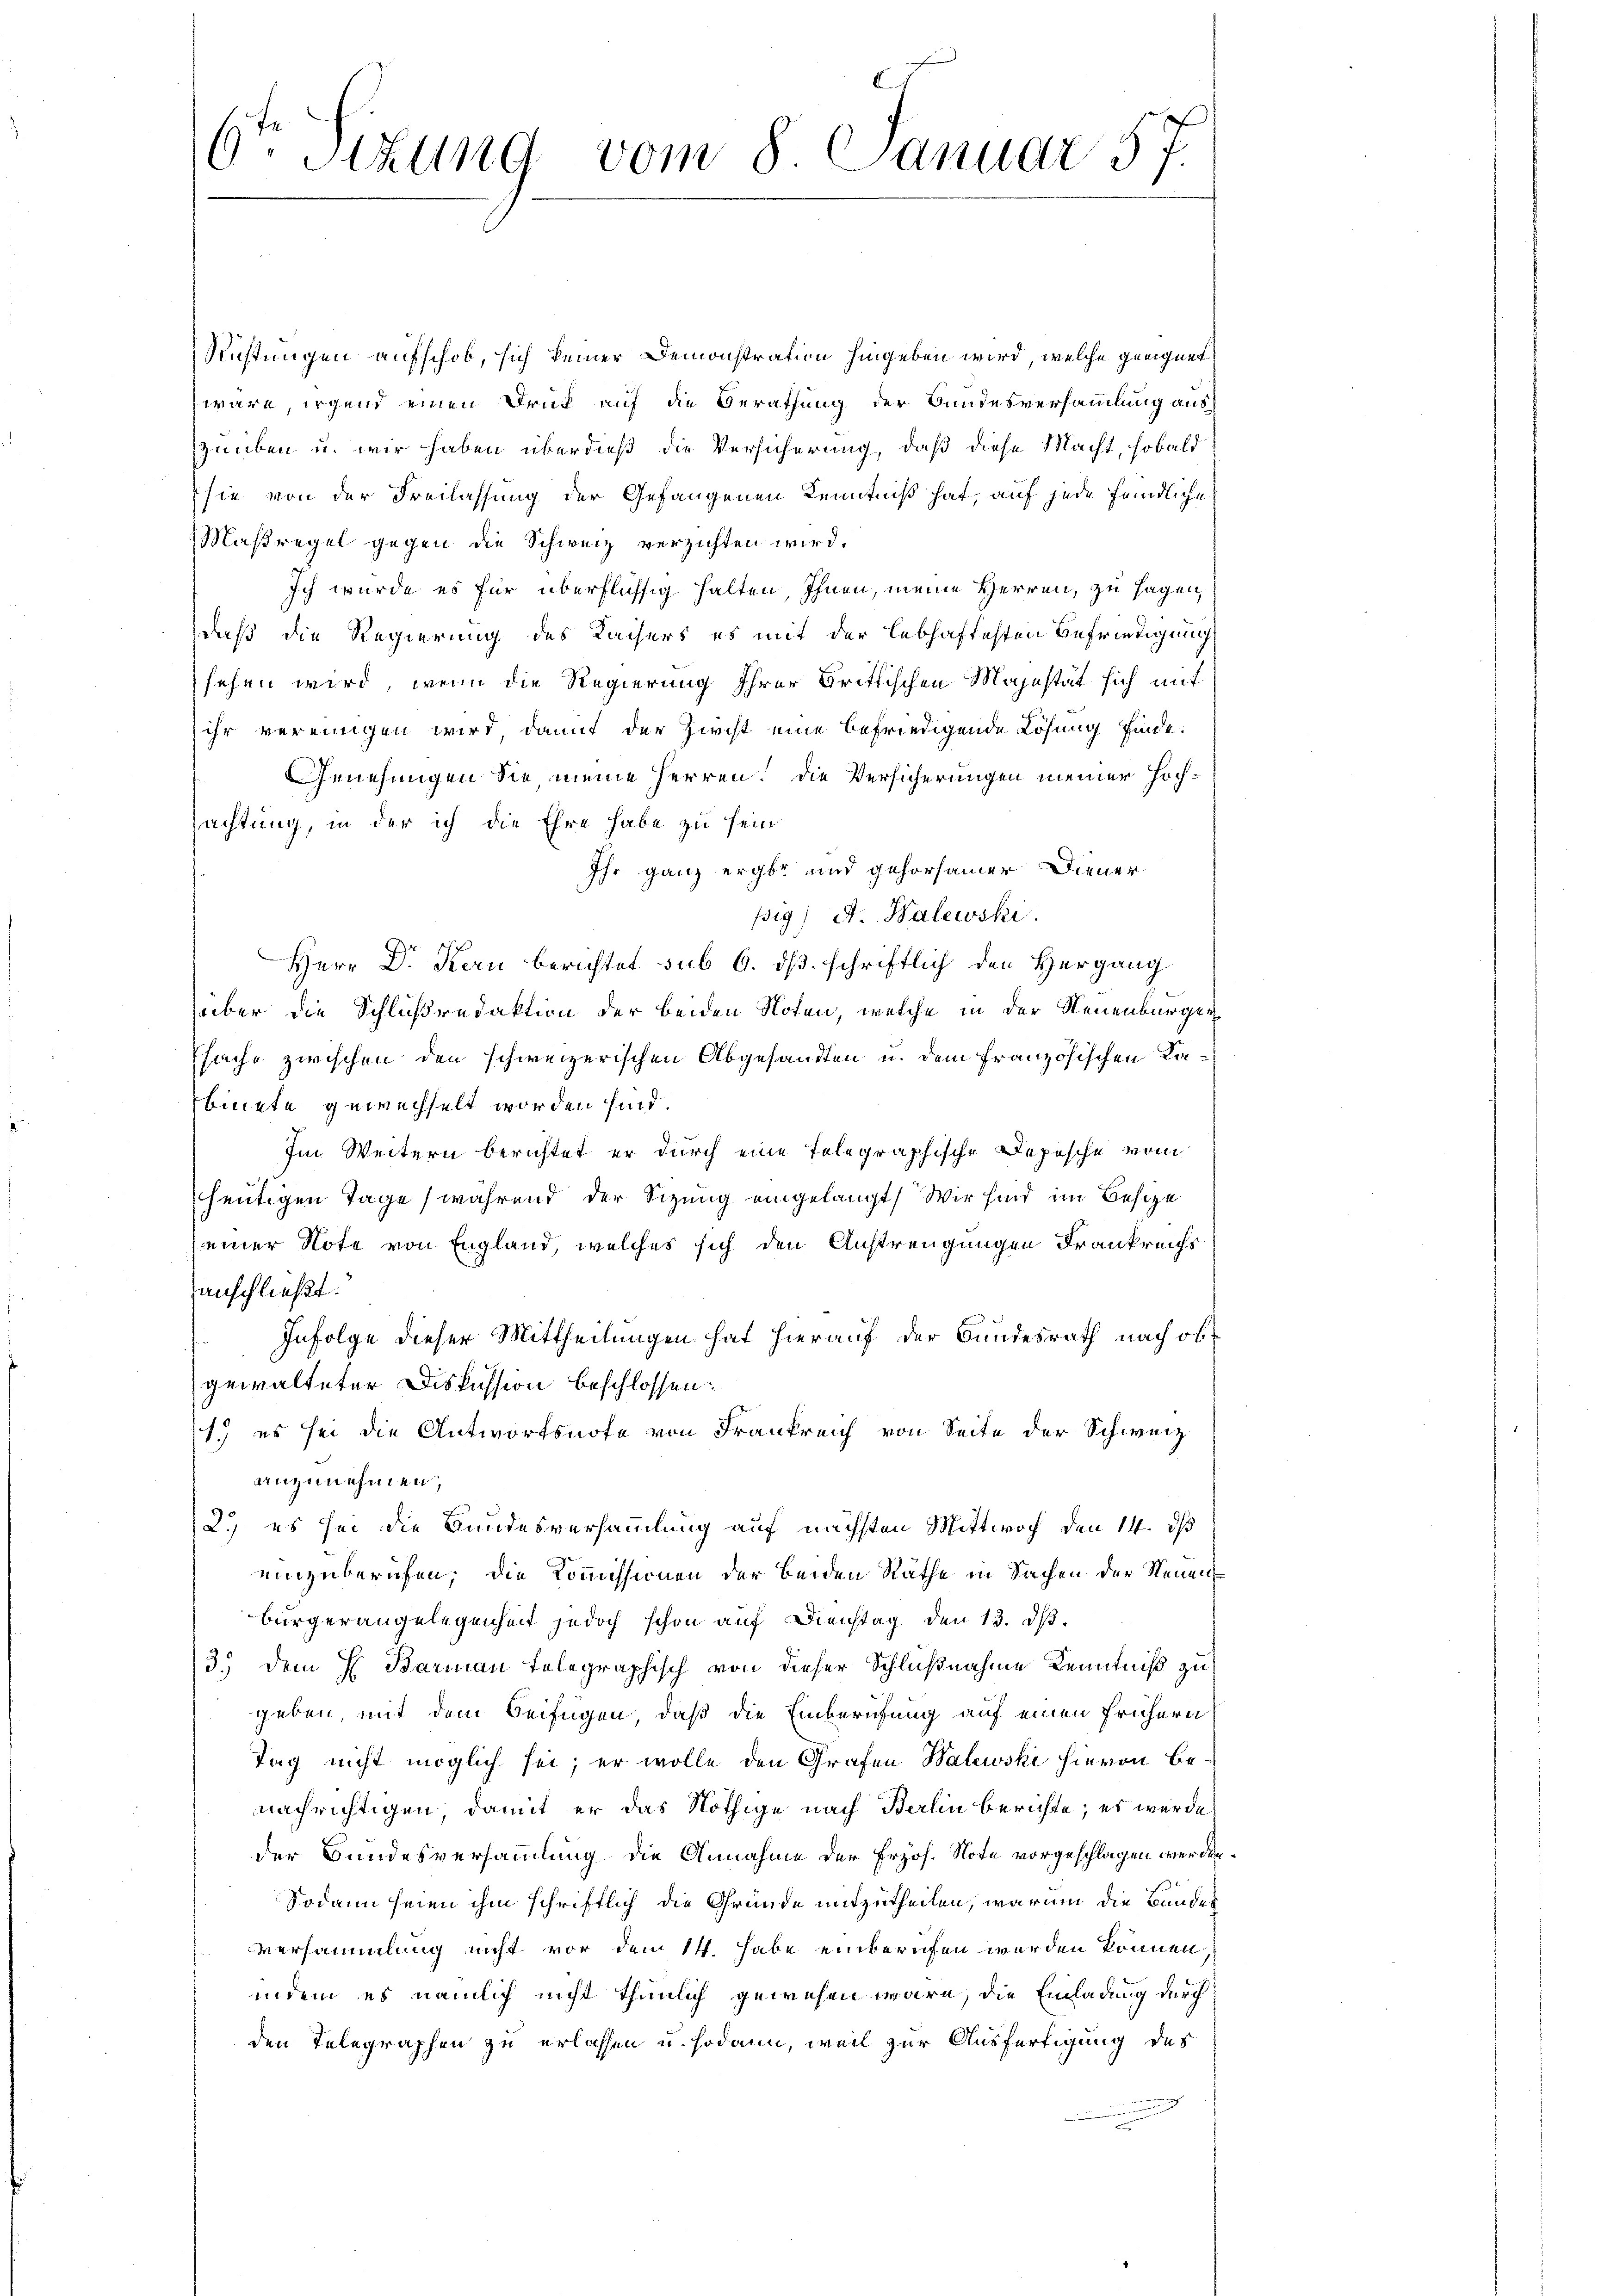
7
6. Stzung vom 8. Januar 31.

Rüstungen aufschob, sich keiner Demonstration hingeben wird, welche geeignet
wäre irgend einen Druck auf die Berathung der Bundesversammlung aus
zuüben u. wir haben überdieß die Versicherung, daß diese Macht, sobald
sie von der Freilassung der Gefangenen Kenntniß hat, auf jede feindliche
Maßregel gegen die Schweiz verzichten wird.
Ich wurde es für überflüssig halten, Ihnen, meine Herren, zu sagen,
daß die Regierung des Kaisers es mit der lebhaftesten Befriedigung
sehen wird, wenn die Regierung ihrer Brittischen Majestät sich mit
ihr vereinigen wird, damit der Zircht eine befriedigende Lösung finde.
Genehmigen Sie meine Herren. Die Versicherungen meiner Hochsachtung, in der ich die Ehre habe zu sein
Ihr ganz erge und gehorsamer Diener
pig) A. Balewski.
Herr Dr. Kern berichtet sub 6. dß. schriftlich den Hergang
über die Schlußredaktion der beiden Noten, welche in der Neuenburger
Esache zwischen den schweizerischen Abgesandten u. dem französischen Kabinete gewechselt worden sind.
Im Weitern berichtet er durch eine telegraphische Depesche vom
heutigen Tage, während der Sitzung eingelangt, Wir sind im Besize
einer Note von England, welches sich den Anstrengungen Frankreichs
anschließt:
Infolge dieser Mittheilungen hat hierauf der Bundesrath nach obgewalteter Diskussion beschlossen:
1.) es sei die Antwortsnote von Frankreich von Seite der Schweiz.
anzunehmen,
2.) es sei die Bundesversammlung auf nächsten Mittwoch den 14. ds
einzuberufen; die Kommissionen der beiden Räthe in Sachen der Neuen
Bürgerangelegenheit jedoch schon auf Dienstag den 13. dβ.
3.) Dem H. Barmann telegraphisch von dieser Schlußnahme Kenntniß zu
geben, mit dem Beifügen, daß die Einberufung auf einen frühern
Tag nicht möglich sei; er wolle den Grafen Walewski hievon Benachrichtigen, damit er das Nöthige nach Berlin berichte; es wurde
der Bundesversammlung die Annahme der Frzös. Note vorgeschlagen werden.
Sodann seien ihm schriftlich die Gründe mitzutheilen, warum die Bundes
versammlung nicht vor den 14. habe einberufen werden können.
indem es nämlich nicht thunlich gewesen wäre, die Einladung durch
den Telegraphen zu erlassen u. sodann, weil zur Ausfertigung des